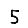
Digit: 5